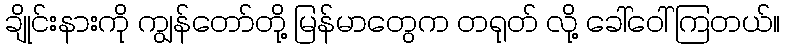
ချိုင်းနားကို ကျွန်တော်တို့ မြန်မာတွေက တရုတ် လို့ ခေါ်ဝေါ်ကြတယ်။